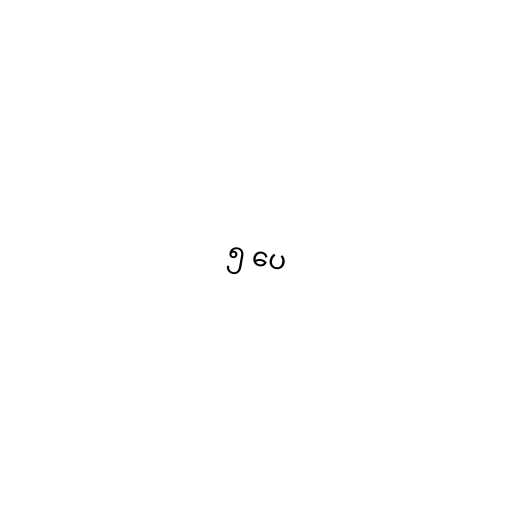
၅ ပေ